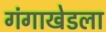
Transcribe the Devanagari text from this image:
गंगाखेडला